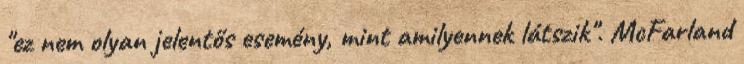
"ez nem olyan jelentős esemény, mint amilyennek látszik". McFarland